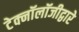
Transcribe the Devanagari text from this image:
टेक्‍नॉलॉजीद्वारे